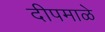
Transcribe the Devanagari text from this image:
दीपमाळे